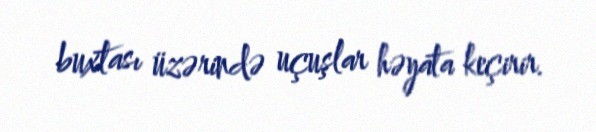
buxtası üzərində uçuşlar həyata keçirir.